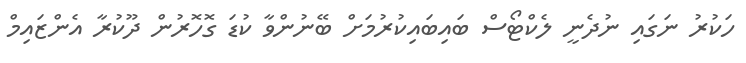
ހަކުރު ނަގައި ނުދެނީ ލެކްޓޯސް ބައިބައިކުރުމަށް ބޭނުންވާ ކުޑަ ގޮހޮރުން ދޫކުރާ އެންޒައިމް